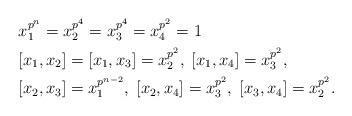
LaTeX: \begin{align*}& x_1^{p^n}=x_2^{p^4}=x_3^{p^4}=x_4^{p^2}=1\\& [x_1,x_2]=[x_1,x_3]=x_2^{p^2}, \; [x_1,x_4]=x_3^{p^2},\\& [x_2,x_3]=x_1^{p^{n-2}}, \; [x_2,x_4]=x_3^{p^2},\; [x_3,x_4]=x_2^{p^2}.\end{align*}